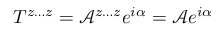
T ^ { z \ldots z } = \mathcal { A } ^ { z \ldots z } e ^ { i \alpha } = \mathcal { A } e ^ { i \alpha }